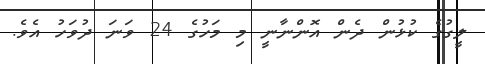
ލީގުގެ ކުޅުން ދެން އޮންނާނީ މި މަހުގެ 24 ވަނަ ދުވަހު އެވެ.